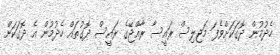
ހެދުމުން ދޮގަކަށްވެފަ މަޖިލިސް ރައީސާ ރާއްޖޭގެ ރައީސް ދޮގުތައް ހެދުމުން އެ ދޮގަކަށް